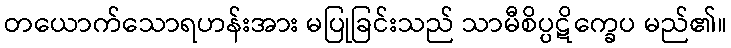
တယောက်သောရဟန်းအား မပြုခြင်းသည် သာမီစိပ္ပဋိက္ခေပ မည်၏။